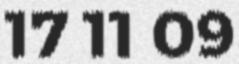
17 11 09